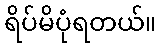
ရိပ်မိပုံရတယ်။